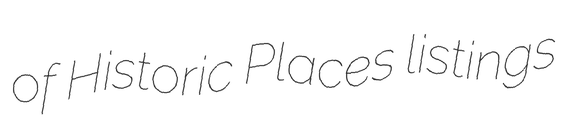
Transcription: of Historic Places listings